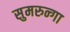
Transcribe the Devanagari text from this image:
सुमरुन्गा